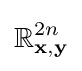
\mathbb {R} _{{\textbf {x}},{\textbf {y}}}^{2n}